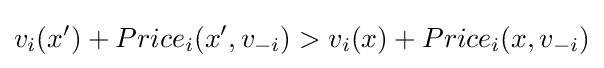
v_{i}(x')+Price_{i}(x',v_{-i})>v_{i}(x)+Price_{i}(x,v_{-i})